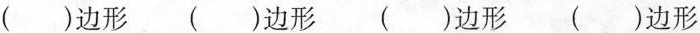
( )边形 ( )边形 ( )边形 ( )边形